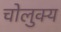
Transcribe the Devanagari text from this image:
चोलुक्य